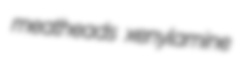
meatheads xenylamine